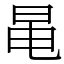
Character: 㫣